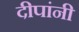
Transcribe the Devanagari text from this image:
दीपांनी